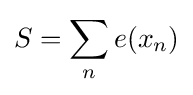
S=\sum _{n}e(x_{n})